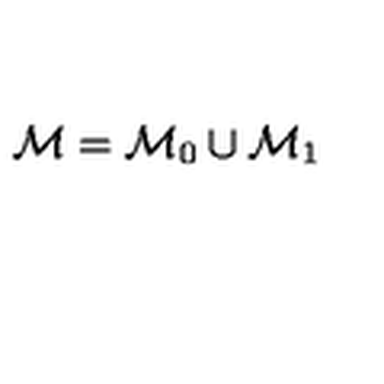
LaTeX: \mathcal { M } = \mathcal { M } _ { 0 } \cup \mathcal { M } _ { 1 }